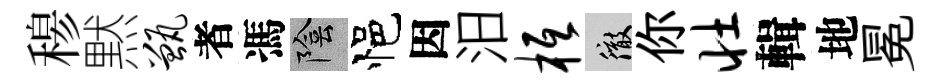
𥠇黙甑者馮陰悒因汨柢徹你壮輯地冕